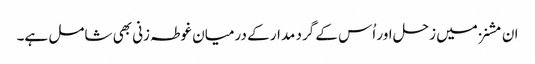
ان مشنز میں زحل اور اُس کے گرد مدار کے درمیان غوطہ زنی بھی شامل ہے۔